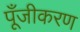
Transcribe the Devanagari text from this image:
पूँजीकरण